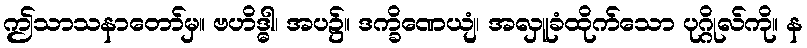
ဤသာသနာတော်မှ။ ဗဟိဒ္ဓါ၊ အပ၌။ ဒက္ခိဏေယျံ၊ အလှူခံထိုက်သော ပုဂ္ဂိုလ်ကို။ န